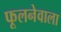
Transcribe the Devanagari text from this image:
फूलनेवाला